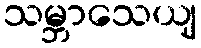
သမ္ဘာသေယျ